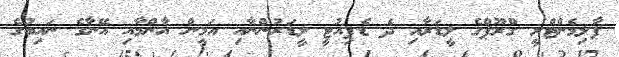
ޕާލިމެންޓްރީ ގްރޫޕްގެ ލީޑަރާއި ދެ ޑެޕިއުޓީ ލީޑަރުންނާއި އަމީން އާންމާއި އޭނާގެ ނައިބުގެ